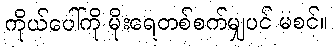
ကိုယ်ပေါ်ကို မိုးရေတစ်စက်မျှပင် မစင်။